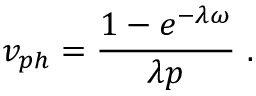
v _ { p h } = \frac { 1 - e ^ { - \lambda \omega } } { \lambda p } ~ .